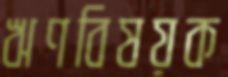
ঋণবিষয়ক